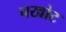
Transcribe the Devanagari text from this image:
चखोट